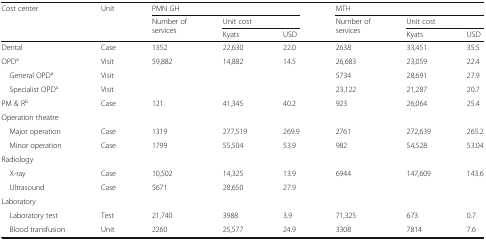
<table><thead><tr><td rowspan="3"><b>Cost center</b></td><td rowspan="3"><b>Unit</b></td><td colspan="3"><b>PMN GH</b></td><td colspan="3"><b>MTH</b></td></tr><tr><td rowspan="2"><b>Number of services</b></td><td colspan="2"><b>Unit cost</b></td><td rowspan="2"><b>Number of services</b></td><td colspan="2"><b>Unit cost</b></td></tr><tr><td><b>Kyats</b></td><td><b>USD</b></td><td><b>Kyats</b></td><td><b>USD</b></td></tr></thead><tbody><tr><td>Dental</td><td>Case</td><td>1352</td><td>22,630</td><td>22.0</td><td>2638</td><td>33,451</td><td>35.5</td></tr><tr><td>OPD<sup>a</sup></td><td>Visit</td><td>59,882</td><td>14,882</td><td>14.5</td><td>26,683</td><td>23,059</td><td>22.4</td></tr><tr><td> General OPD<sup>a</sup></td><td>Visit</td><td></td><td></td><td></td><td>5734</td><td>28,691</td><td>27.9</td></tr><tr><td> Specialist OPD<sup>a</sup></td><td>Visit</td><td></td><td></td><td></td><td>23,122</td><td>21,287</td><td>20.7</td></tr><tr><td>PM &amp; R<sup>b</sup></td><td>Case</td><td>121</td><td>41,345</td><td>40.2</td><td>923</td><td>26,064</td><td>25.4</td></tr><tr><td colspan="8">Operation theatre</td></tr><tr><td> Major operation</td><td>Case</td><td>1319</td><td>277,519</td><td>269.9</td><td>2761</td><td>272,639</td><td>265.2</td></tr><tr><td> Minor operation</td><td>Case</td><td>1799</td><td>55,504</td><td>53.9</td><td>982</td><td>54,528</td><td>53.04</td></tr><tr><td colspan="8">Radiology</td></tr><tr><td> X-ray</td><td>Case</td><td>10,502</td><td>14,325</td><td>13.9</td><td>6944</td><td>147,609</td><td>143.6</td></tr><tr><td> Ultrasound</td><td>Case</td><td>5671</td><td>28,650</td><td>27.9</td><td></td><td></td><td></td></tr><tr><td colspan="8">Laboratory</td></tr><tr><td> Laboratory test</td><td>Test</td><td>21,740</td><td>3988</td><td>3.9</td><td>71,325</td><td>673</td><td>0.7</td></tr><tr><td> Blood transfusion</td><td>Unit</td><td>2260</td><td>25,577</td><td>24.9</td><td>3308</td><td>7814</td><td>7.6</td></tr></tbody></table>